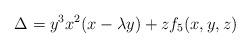
LaTeX: \begin{align*} \Delta=y^3x^2(x-\lambda y)+zf_5(x,y,z)\end{align*}